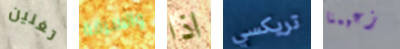
تغنين والسرقة اذا تريكسي زعيمنا